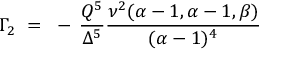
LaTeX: \Gamma _ { 2 } ~ = ~ - \, \frac { Q ^ { 5 } } { \Delta ^ { 5 } } \frac { \nu ^ { 2 } ( \alpha - 1 , \alpha - 1 , \beta ) } { ( \alpha - 1 ) ^ { 4 } }